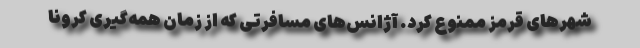
شهرهای قرمز ممنوع کرد. آژانس‌های مسافرتی که از زمان همه‌گیری کرونا